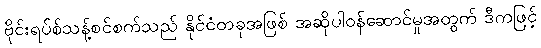
ဗိုင်းရပ်စ်သန့်စင်စက်သည် နိုင်ငံတခုအဖြစ် အဆိုပါဝန်ဆောင်မှုအတွက် ဒီကဖြင့်